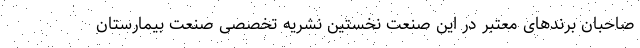
صاحبان برندهای معتبر در این صنعت نخستین نشریه تخصصی صنعت بیمارستان